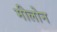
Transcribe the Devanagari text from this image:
मीलोन